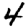
Digit: 4